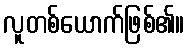
လူတစ်ယောက်ဖြစ်၏။